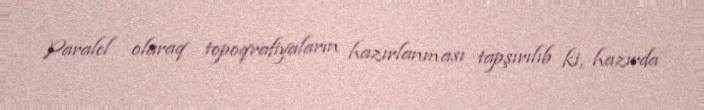
Paralel olaraq topoqrafiyaların hazırlanması tapşırılıb ki, hazırda